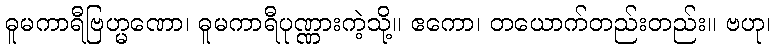
ဓူမကာရီဗြဟ္မဏော၊ ဓူမကာရီပုဏ္ဏားကဲ့သို့။ ဧကော၊ တယောက်တည်းတည်း။ ဗဟု၊